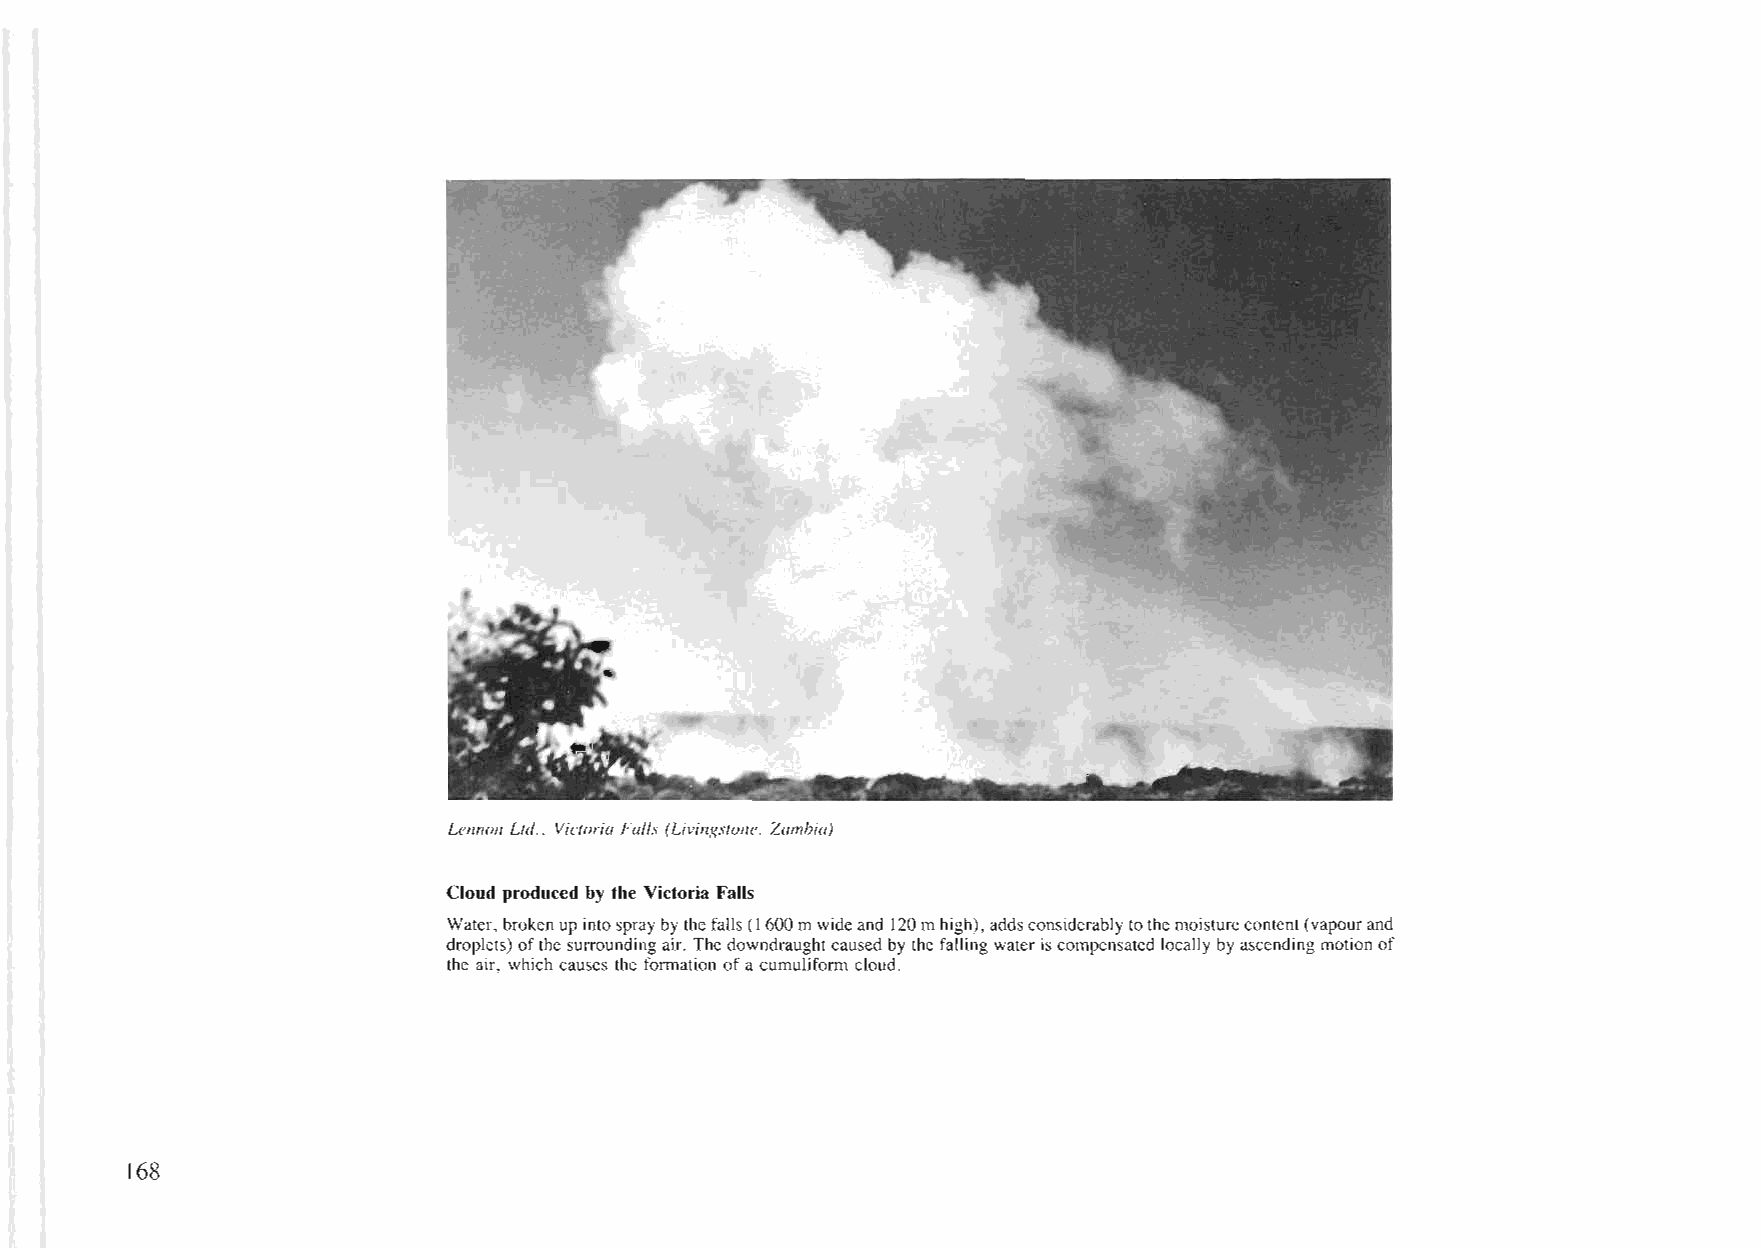
Lel'll'lol1 Ltd.. Victoria Falls (Livingslone. Zambia)
 Cloud produced by the Victoria Falls
 Water, broken up intospraybythe falls (I600mwideand 120mhigh), addsconsiderablytothemoisturecontent(vapourand
 droplets) ofthesurroundingair. Thedowndraughtcaused by the falling wateriscompensated locally byascending motionof
 the air, which causes the formation ofa cumuliform cloud.
 168